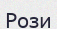
Рози